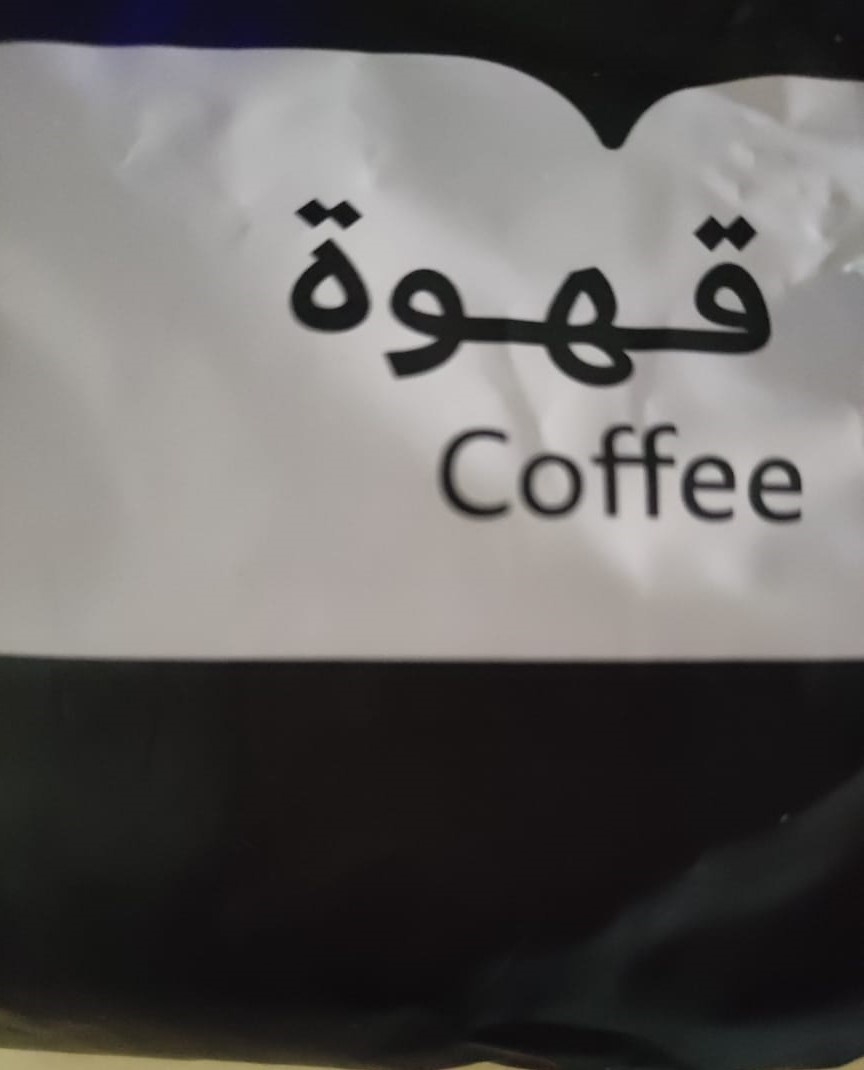
Text in image: قهوة Coffee